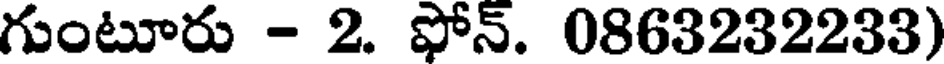
గుంటూరు - 2. ఫోన్. 0863232233)